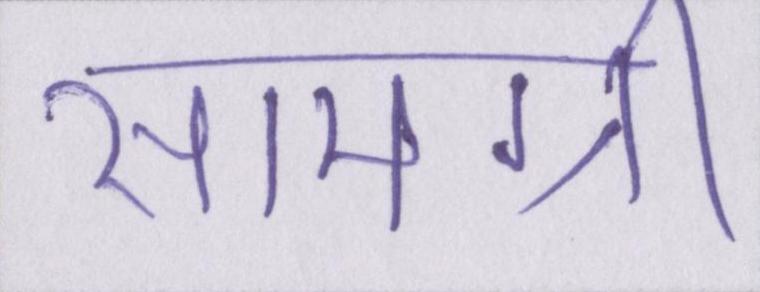
सामग्री